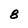
Character: 8